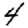
Digit: 4